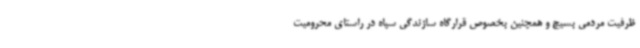
ظرفیت مردمی بسیج و همچنین بخصوص قرارگاه سازندگی سپاه در راستای محرومیت